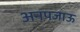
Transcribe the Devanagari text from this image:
अनपजाऊ